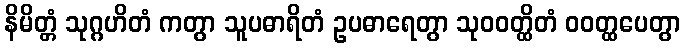
နိမိတ္တံ သုဂ္ဂဟိတံ ကတွာ သူပဓာရိတံ ဥပဓာရေတွာ သုဝဝတ္ထိတံ ဝဝတ္ထပေတွာ